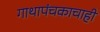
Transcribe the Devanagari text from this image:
गाथापंचकाचाही